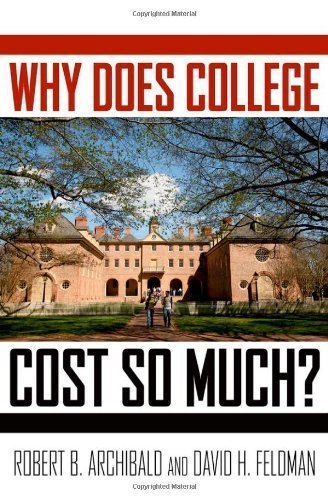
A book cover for Why Does College Cost So Much? By Robert B. Archibald, David H. Feldman; -Author-; Business & Money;